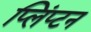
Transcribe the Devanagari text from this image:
प्लिंप्टन